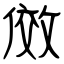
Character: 傚